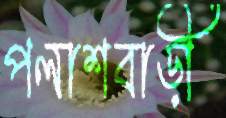
পলাশবাড়ী